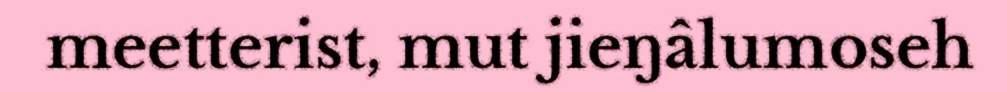
meetterist, mut jieŋâlumoseh